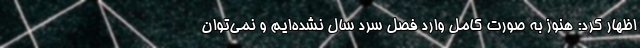
اظهار کرد: هنوز به صورت کامل وارد فصل سرد سال نشده‌ایم و نمی‌توان